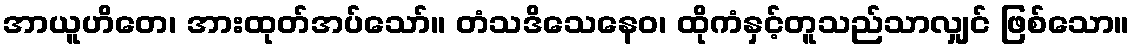
အာယူဟိတေ၊ အားထုတ်အပ်သော်။ တံသဒိသေနေဝ၊ ထိုကံနှင့်တူသည်သာလျှင် ဖြစ်သော။